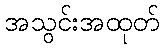
အသွင်းအထုတ်